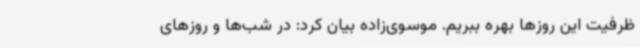
ظرفیت این روزها بهره ببریم. موسوی‌زاده بیان کرد: در شب‌ها و روزهای